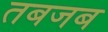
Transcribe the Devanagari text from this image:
तबजब